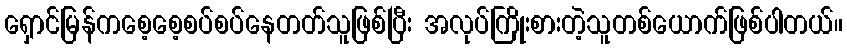
ရှောင်မြန်ကစေ့စေ့စပ်စပ်နေတတ်သူဖြစ်ပြီး အလုပ်ကြိုးစားတဲ့သူတစ်ယောက်ဖြစ်ပါတယ်။